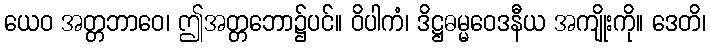
ယေဝ အတ္တဘာဝေ၊ ဤအတ္တဘော၌ပင်။ ဝိပါကံ၊ ဒိဋ္ဌဓမ္မဝေဒနီယ အကျိုးကို။ ဒေတိ၊